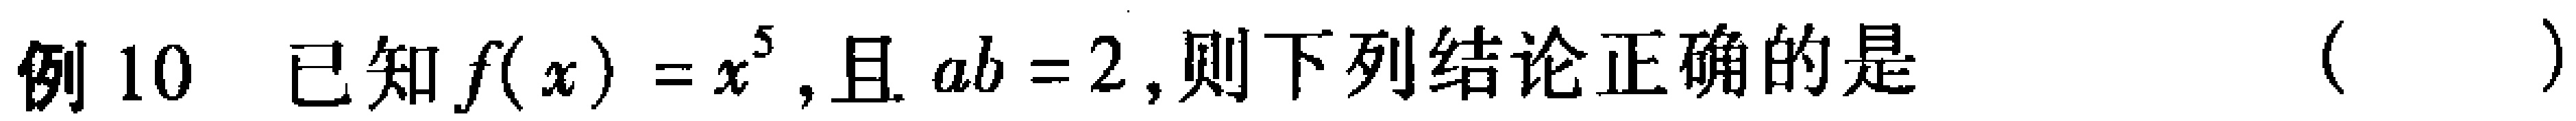
例10 已知\(f(x)=x^{5}\),且\(ab = 2\),则下列结论正确的是（  ）